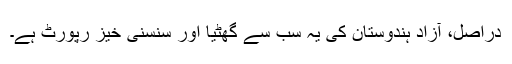
دراصل، آزاد ہندوستان کی یہ سب سے گھٹیا اور سنسنی خیز رپورٹ ہے۔